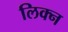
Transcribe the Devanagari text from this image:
लिक्न